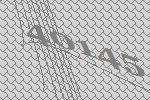
40145